Indian Civil Veterinary Department memoirs
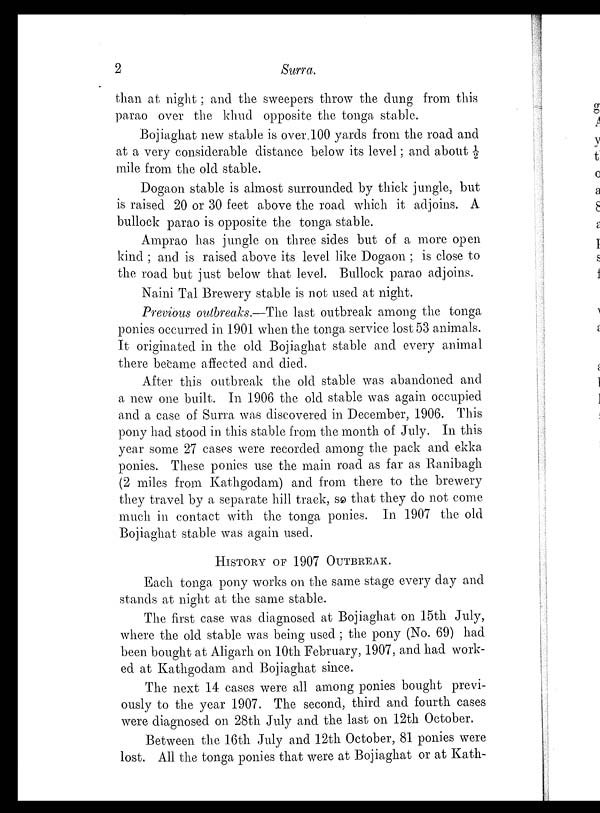
2
Surra.
than at night ; and the sweepers throw the dung from this
parao over the khud opposite the tonga stable.
Bojiaghat new stable is over. 100 yards from the road and
at a very considerable distance below its level; and about ½
mile from the old stable.
Dogaon stable is almost surrounded by thick jungle, but
is raised 20 or 30 feet above the road which it adjoins. A
bullock parao is opposite the tonga stable.
Amprao has jungle on three sides but of a more open
kind ; and is raised above its level like Dogaon ; is close to
the road but just below that level. Bullock parao adjoins.
Naini Tal Brewery stable is not used at night.
Previous outbreaks.—The last outbreak among the tonga
ponies occurred in 1901 when the tonga service lost 53 animals.
It originated in the old Bojiaghat stable and every animal
there became affected and died.
After this outbreak the old stable was abandoned and
a new one built. In 1906 the old stable was again occupied
and a case of Surra was discovered in December, 1906. This
pony had stood in this stable from the month of July. In this
year some 27 cases were recorded among the pack and ekka
ponies. These ponies use the main road as far as Ranibagh
(2 miles from Kathgodam) and from there to the brewery
they travel by a separate hill track, so that they do not come
much in contact with the tonga ponies. In 1907 the old
Bojiaghat stable was again used.
HISTORY OF 1907 OUTBREAK.
Each tonga pony works on the same stage every day and
stands at night at the same stable.
The first case was diagnosed at Bojiaghat on 15th July,
where the old stable was being used; the pony (No. 69) had
been bought at Aligarh on 10th February, 1907, and had work-
ed at Kathgodam and Bojiaghat since.
The next 14 cases were all among ponies bought previ-
ously to the year 1907. The second, third and fourth cases
were diagnosed on 28th July and the last on 12th October.
Between the 16th July and 12th October, 81 ponies were
lost. All the tonga ponies that were at Bojiaghat or at Kath-